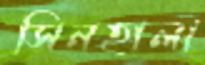
সিনহালা